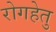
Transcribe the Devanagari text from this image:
रोगहेतु